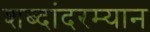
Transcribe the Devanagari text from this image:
शब्दांदरम्यान